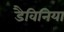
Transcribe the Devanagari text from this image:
डैविनिया